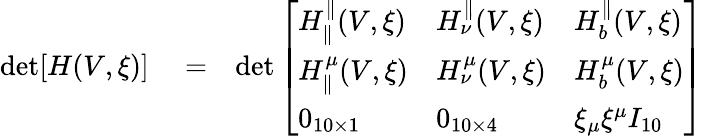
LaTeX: \begin{array}{rlr}{\operatorname*{det}[H(V,\xi)]}&{{}=}&{\operatorname*{det}\left[\begin{array}{lll}{H_{\parallel}^{\parallel}(V,\xi)}&{H_{\nu}^{\parallel}(V,\xi)}&{H_{b}^{\parallel}(V,\xi)}\\ {H_{\parallel}^{\mu}(V,\xi)}&{H_{\nu}^{\mu}(V,\xi)}&{H_{b}^{\mu}(V,\xi)}\\ {0_{10\times 1}}&{0_{10\times 4}}&{\xi_{\mu}\xi^{\mu}I_{10}}\end{array}\right]}\end{array}